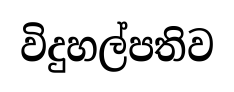
විදුහල්පතිව